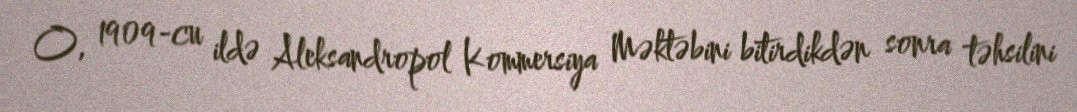
O, 1909-cu ildə Aleksandropol Kommersiya Məktəbini bitirdikdən sonra təhsilini